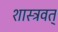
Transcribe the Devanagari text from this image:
शास्त्रवत्‌